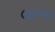
લાબા